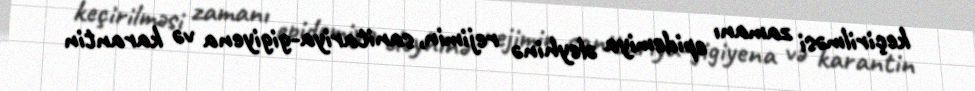
keçirilməsi zamanı epidemiya əleyhinə rejimin, sanitariya-gigiyena və karantin